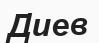
Диев